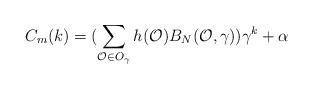
LaTeX: \begin{align*}C_m(k)=(\sum_{\mathcal{O}\in O_{\gamma}}h(\mathcal{O})B_N(\mathcal{O},\gamma))\gamma^k+\alpha\end{align*}